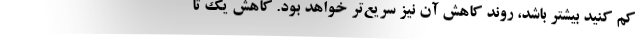
کم کنید بیشتر باشد، روند کاهش آن نیز سریع‌تر خواهد بود. کاهش یک تا